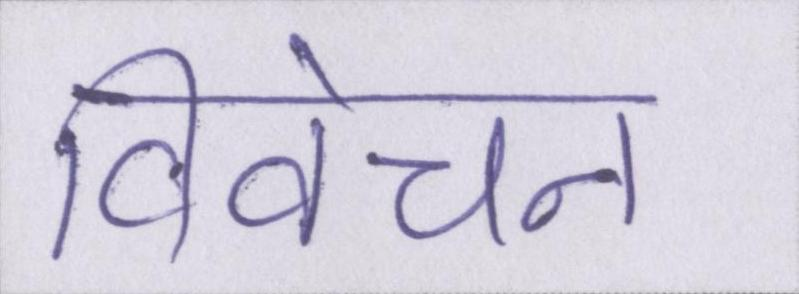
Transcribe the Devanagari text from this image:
विवेचन